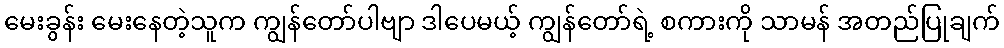
မေးခွန်း မေးနေတဲ့သူက ကျွန်တော်ပါဗျာ ဒါပေမယ့် ကျွန်တော်ရဲ့ စကားကို သာမန် အတည်ပြုချက်